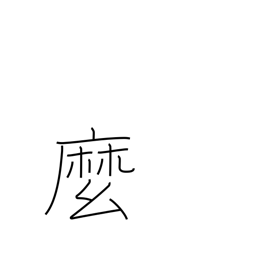
Meaning: rope